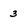
Character: 3